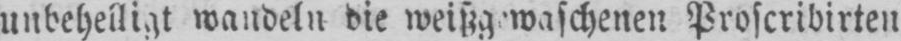
Proscribirten